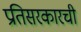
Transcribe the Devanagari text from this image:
प्रतिसरकारची